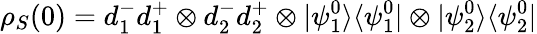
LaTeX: \rho_{S}(0)=d_{1}^{-}d_{1}^{+}\otimes d_{2}^{-}d_{2}^{+}\otimes|\psi_{1}^{0}\rangle\langle\psi_{1}^{0}|\otimes|\psi_{2}^{0}\rangle\langle\psi_{2}^{0}|